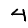
Digit: 4